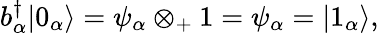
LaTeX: b_{\alpha}^{\dagger}|0_{\alpha}\rangle=\psi_{\alpha}\otimes_{+}1=\psi_{\alpha}=|1_{\alpha}\rangle,